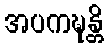
အပကဍ္ဎန္တိ